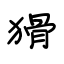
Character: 猾